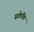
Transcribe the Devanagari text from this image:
सकेकि